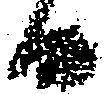
候